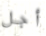
أجل